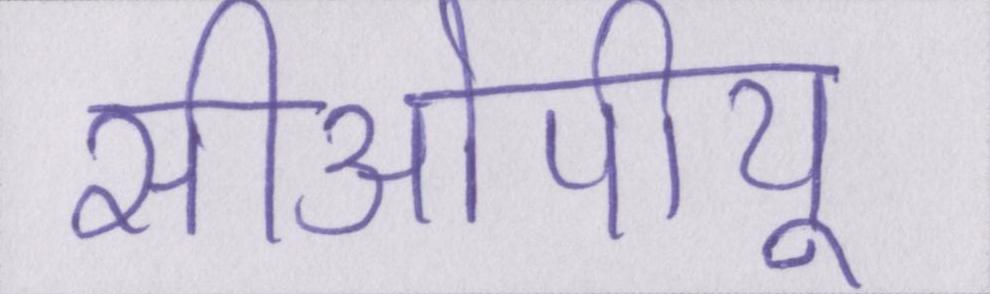
सीओपीयू